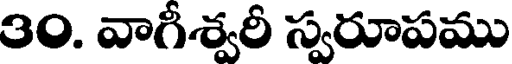
30. వాగీశ్వరీ స్వరూపము